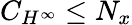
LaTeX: C_{H^{\infty}}\leq N_{x}